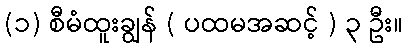
(၁) စီမံထူးချွန် ( ပထမအဆင့် ) ၃ ဦး။